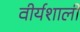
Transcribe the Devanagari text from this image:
वीर्यशाली